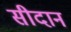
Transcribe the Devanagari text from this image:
सीदान